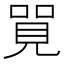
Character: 𠺐